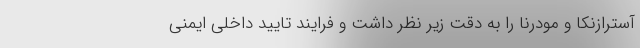
آسترازنکا و مودرنا را به دقت زیر نظر داشت و فرایند تایید داخلی ایمنی